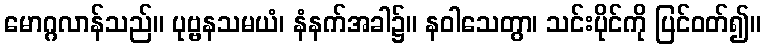
မောဂ္ဂလာန်သည်။ ပုဗ္ဗနသမယံ၊ နံနက်အခါ၌။ နဝါသေတွာ၊ သင်းပိုင်ကို ပြင်ဝတ်၍။